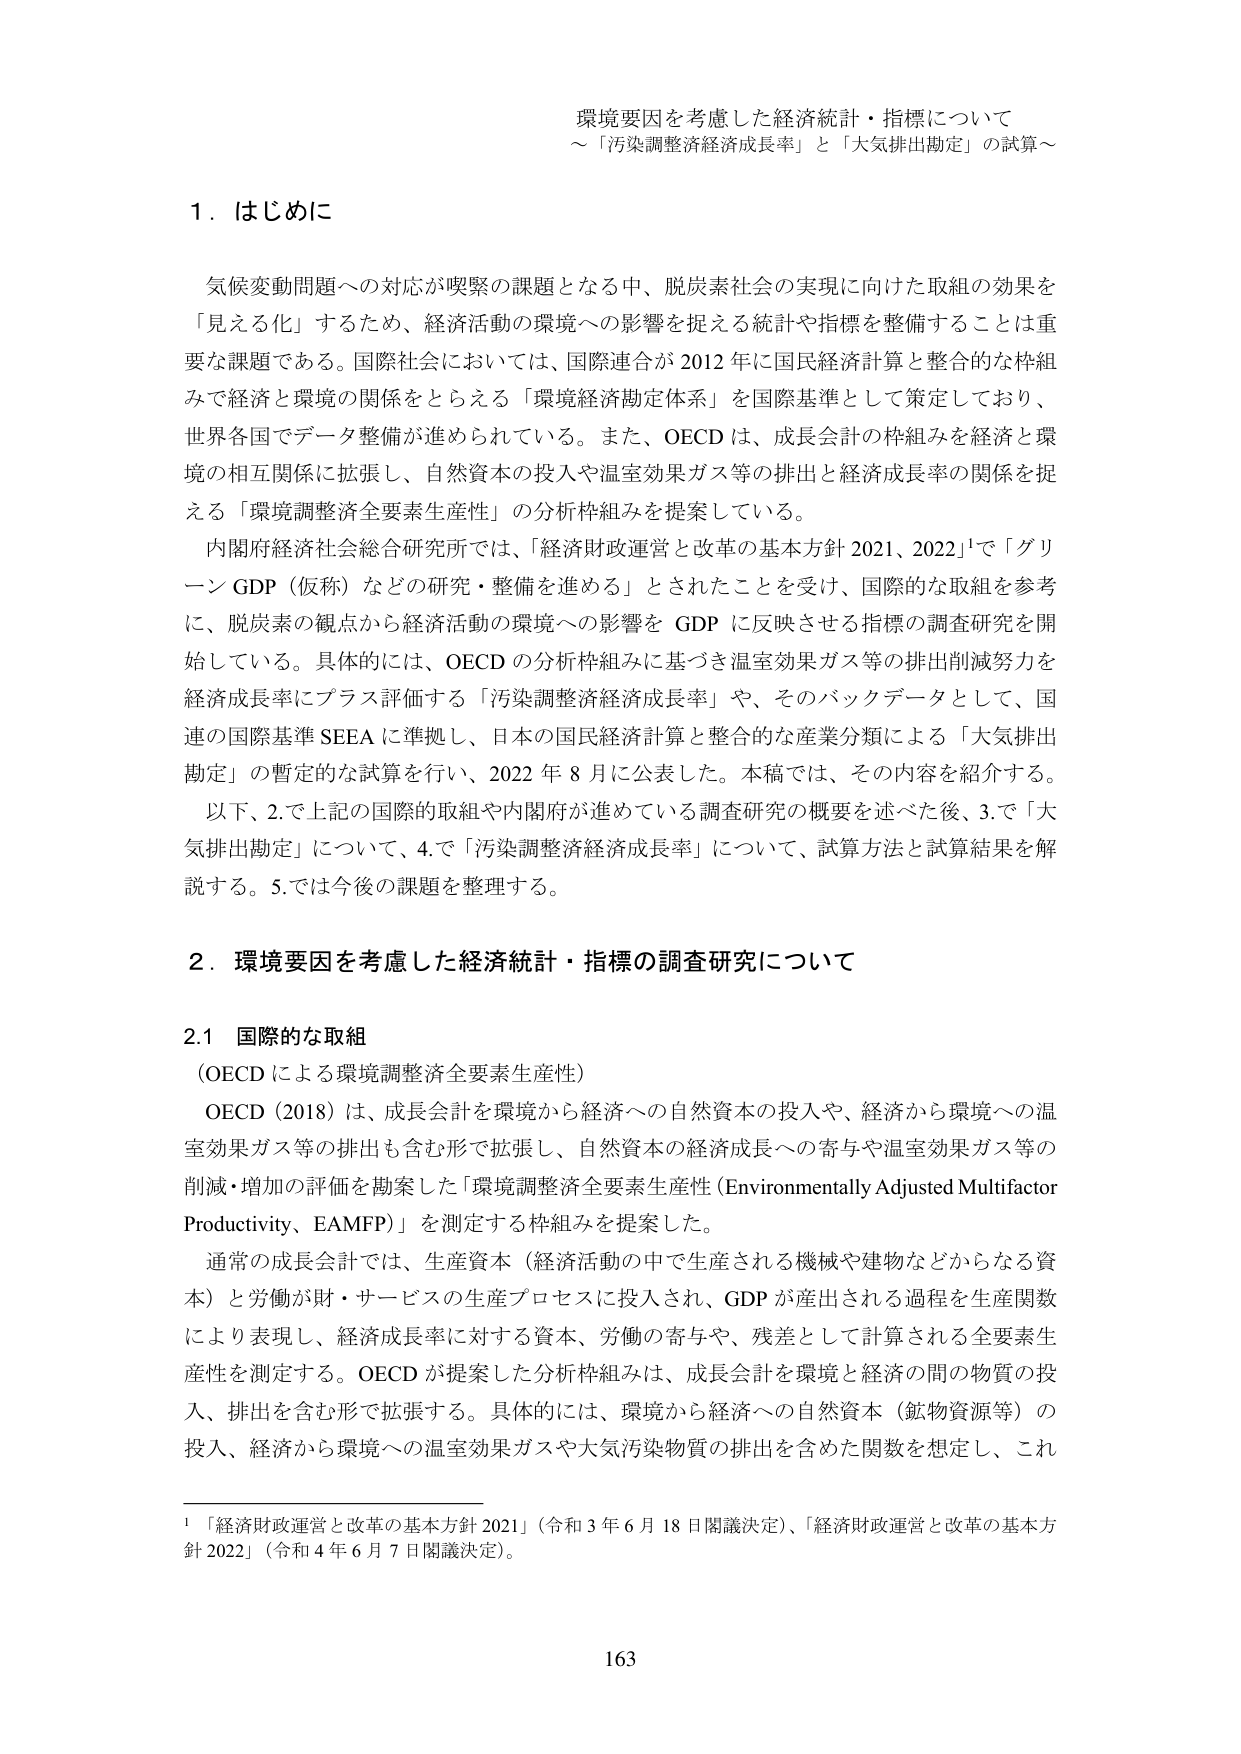
環境要因を考慮した経済統計・指標について
～「汚染調整経済成長率」と「大気排出勘定」の試算～

1．はじめに

気候変動問題への対応が喫緊の課題となる中、脱炭素社会の実現に向けた取組の効果を
「見える化」するため、経済活動の環境への影響を捉える統計や指標を整備することは重
要な課題である。国際社会においては、国際連合が 2012 年に国民経済計算と整合的な枠組
みで経済と環境の関係をとらえる「環境経済勘定体系」を国際基準として策定しており、
世界各国でデータ整備が進められている。また、OECD は、成長会計の枠組みを経済と環
境の相互関係に拡張し、自然資本の投入や温室効果ガス等の排出と経済成長率の関係を捉
える「環境調整済全要素生産性」の分析枠組みを提案している。
内閣府経済社会総合研究所では、「経済財政運営と改革の基本方針 2021、2022」¹で「グリ
ーン GDP（仮称）などの研究・整備を進める」とされたことを受け、国際的な取組を参考
に、脱炭素の観点から経済活動の環境への影響を GDP に反映させる指標の調査研究を開
始している。具体的には、OECD の分析枠組みに基づき温室効果ガス等の排出削減努力を
経済成長率にプラス評価する「汚染調整経済成長率」や、そのバックデータとして、国
連の国際基準 SEEA に準拠し、日本の国民経済計算と整合的な産業分類による「大気排出
勘定」の暫定的な試算を行い、2022 年 8 月に公表した。本稿では、その内容を紹介する。
以下、2.で上記の国際的取組や内閣府が進めている調査研究の概要を述べた後、3.で「大
気排出勘定」について、4.で「汚染調整経済成長率」について、試算方法と試算結果を解
説する。5.では今後の課題を整理する。

2．環境要因を考慮した経済統計・指標の調査研究について

2.1 国際的な取組
（OECD による環境調整済全要素生産性）
OECD（2018）は、成長会計を環境から経済への自然資本の投入や、経済から環境への温
室効果ガス等の排出も含む形で拡張し、自然資本の経済成長への寄与や温室効果ガス等の
削減・増加の評価を勘案した「環境調整済全要素生産性（Environmentally Adjusted Multifactor
Productivity、EAMFP）」を測定する枠組みを提案した。
通常の成長会計では、生産資本（経済活動の中で生産される機械や建物などからなる資
本）と労働が財・サービスの生産プロセスに投入され、GDP が産出される過程を生産関数
により表現し、経済成長率に対する資本、労働の寄与や、残差として計算される全要素生
産性を測定する。OECD が提案した分析枠組みは、成長会計を環境と経済の間の物質の投
入、排出を含む形で拡張する。具体的には、環境から経済への自然資本（鉱物資源等）の
投入、経済から環境への温室効果ガスや大気汚染物質の排出を含めた関数を想定し、これ

¹「経済財政運営と改革の基本方針 2021」（令和 3 年 6 月 18 日閣議決定）、「経済財政運営と改革の基本方
針 2022」（令和 4 年 6 月 7 日閣議決定）。

163